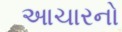
આચારનો